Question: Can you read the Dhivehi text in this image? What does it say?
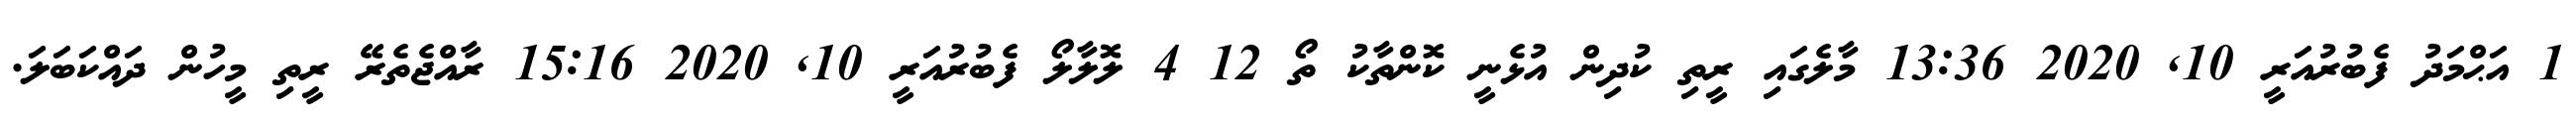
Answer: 1 އަޙްމަދު ފެބުރުއަރީ 10, 2020 13:36 މާލެގައި ރީތި ކުދިން އުޅެނީ ކޮންތާކު ތޯ 12 4 ލޮލާލޯ ފެބުރުއަރީ 10, 2020 15:16 ރާއްޖެތެރޭ ރީތި މީހުން ދައްކަބަލަ.